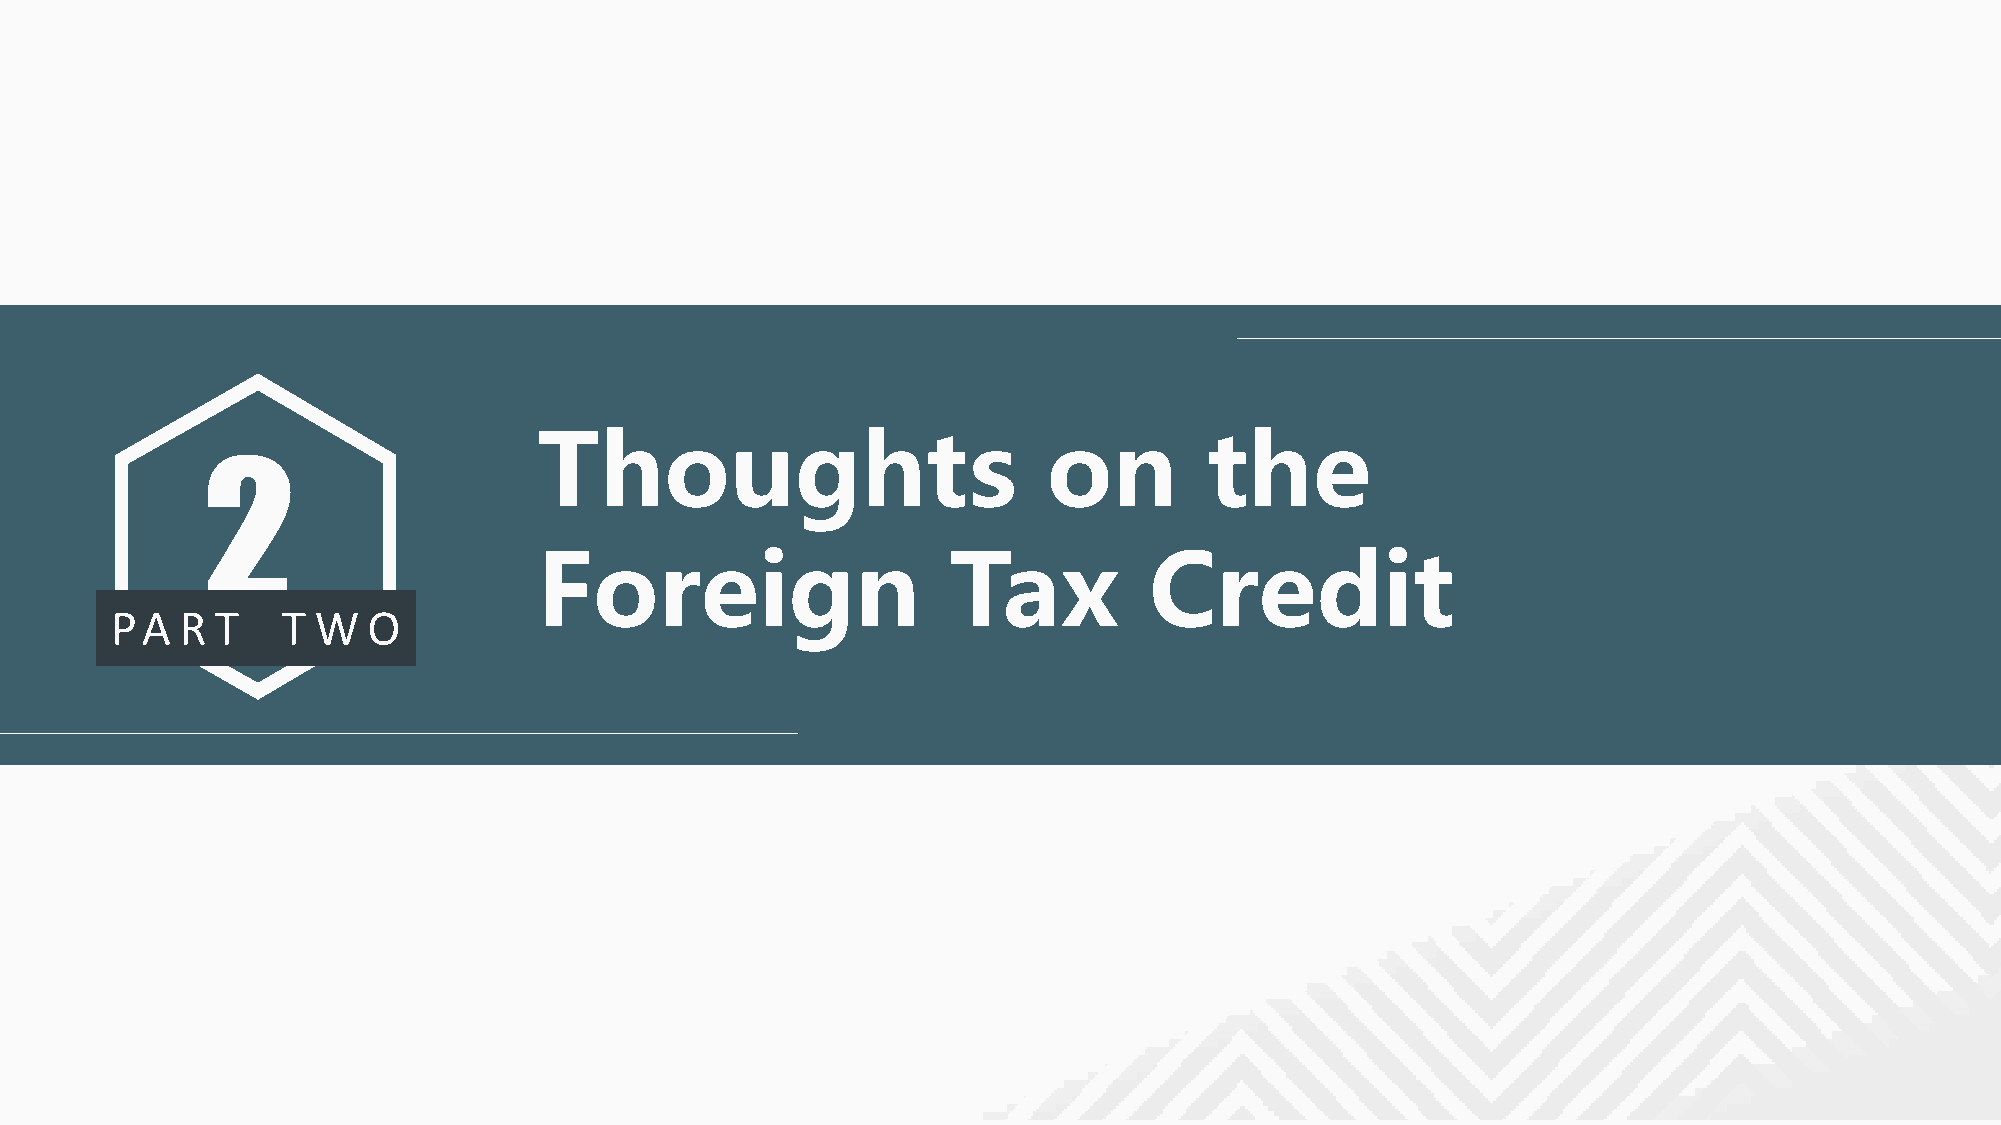
Thoughts                         on         the
 2
 Foreign                    Tax          Credit
 PA   R T    T W  O